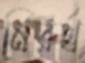
নিরর্থ